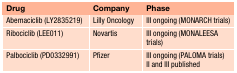
| Drug | Company | Phase |
 | --- | --- | --- |
 | Abemaciclib (LY2835219) | Lilly Oncology | III ongoing (MONARCH trials) |
 | Ribociclib (LEE011) | Novartis | III ongoing (MONALEESA trials) |
 | Palbociclib (PD0332991) | Pfizer | III ongoing (PALOMA trials)II and III published |